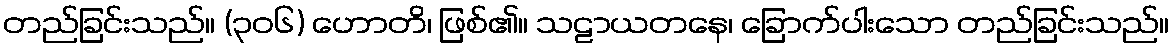
တည်ခြင်းသည်။ (၃၀၆) ဟောတိ၊ ဖြစ်၏။ သဠာယတနေ၊ ခြောက်ပါးသော တည်ခြင်းသည်။